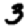
Digit: 3